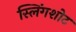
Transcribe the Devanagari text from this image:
स्लिंगशोट